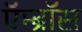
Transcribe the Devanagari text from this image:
ऍम्ब्रॉस